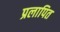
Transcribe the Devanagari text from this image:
प्रलापित